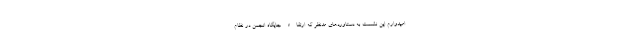
امیدوارم این نشست به دستاوردهای مدنظر که ارتقاء جایگاه انجمن در نظام